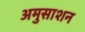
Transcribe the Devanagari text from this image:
अमुसाशन